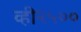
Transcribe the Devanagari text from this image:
व्ही२५००